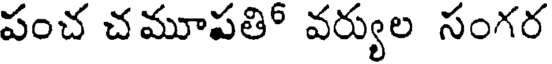
పంచ చమూపతి వర్యుల సంగర